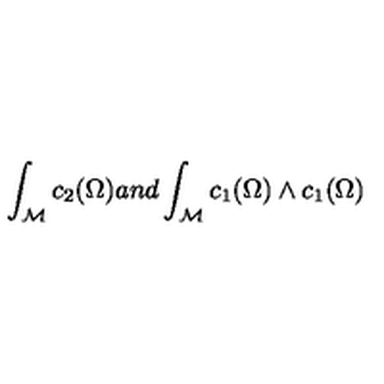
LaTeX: \int _ { \mathcal { M } } c _ { 2 } ( \Omega ) a n d \int _ { { \mathcal M } } c _ { 1 } ( \Omega ) \wedge c _ { 1 } ( \Omega )